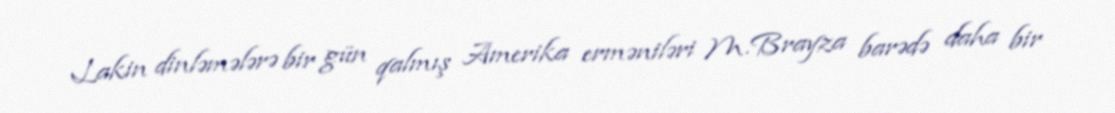
Lakin dinləmələrə bir gün qalmış Amerika erməniləri M.Brayza barədə daha bir